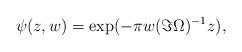
LaTeX: \begin{align*} \psi (z,w)=\exp(-\pi w(\Im \Omega)^{-1}z), \end{align*}